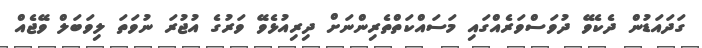
ގަދައަޑުން ދެކެވޭ ދުވަސްވަރެއްގައި މަސައްކަތްތެރިންނަށް ދިރިއުޅެވޭ ވަރުގެ އުޖުރަ ނުވަތަ ލިވަބަލް ވޭޖެއް